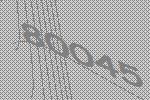
80045